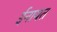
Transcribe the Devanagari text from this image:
ईनायत